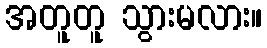
အတူတူ သွားမလား။